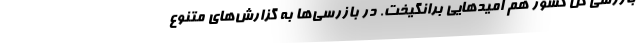
بازرسی کل کشور هم امیدهایی برانگیخت. در بازرسی‌ها به گزارش‌های متنوع